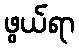
ဖွယ်ရာ